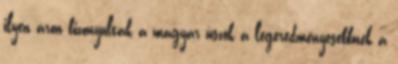
ilyen áron bizonyultak a magyar úszók a legeredményesebbnek a